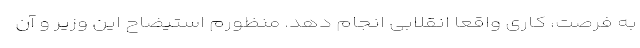
به فرصت، کاری واقعا انقلابی انجام دهد. منظورم استیضاح این وزیر و آن